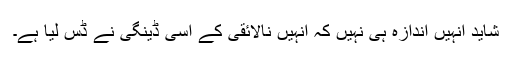
شاید انہیں اندازہ ہی نہیں کہ انہیں نالائقی کے اسی ڈینگی نے ڈس لیا ہے۔